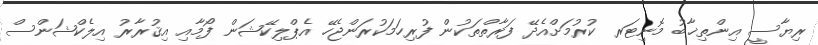
ރިޔާސީ އިންތިޚާބު މޮނިޓަރ ކުރުމަށްއެދޭ ފަރާތްތަކުން ފުރިހަމަކުރަންޖެހޭ އެޕްލިކޭޝަން ފޯމާއި އިޤުރާރު އިލެކްޝަންސް